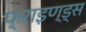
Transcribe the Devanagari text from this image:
फ्राइण्ड्स